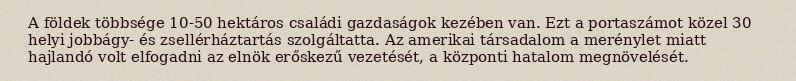
A földek többsége 10-50 hektáros családi gazdaságok kezében van. Ezt a portaszámot közel 30 helyi jobbágy- és zsellérháztartás szolgáltatta. Az amerikai társadalom a merénylet miatt hajlandó volt elfogadni az elnök erőskezű vezetését, a központi hatalom megnövelését.